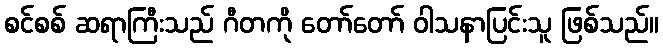
စင်စစ် ဆရာကြီးသည် ဂီတကို တော်တော် ဝါသနာပြင်းသူ ဖြစ်သည်။